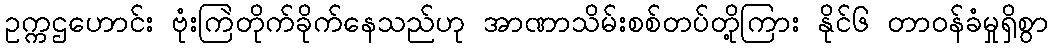
ဥက္ကဌဟောင်း ဗုံးကြဲတိုက်ခိုက်နေသည်ဟု အာဏာသိမ်းစစ်တပ်တို့ကြား နိုင်၆ တာဝန်ခံမှုရှိစွာ